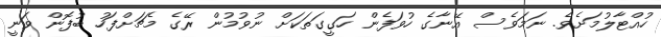
ހުއްޓާލުމަށެވެ. ނަމަވެސް އޭނާގެ ހުވަފެން ހަގީގަތަކަށް ނުވުމުން ރޭގެ މެޗަށްފަހު ބުފޮން ވަނީ